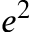
e ^ { 2 }